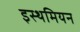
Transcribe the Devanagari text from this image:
इस्थमियन